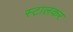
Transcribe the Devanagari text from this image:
स्टालकर